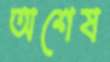
অশেষ